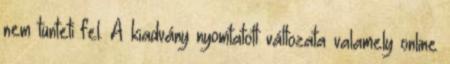
nem tünteti fel. A kiadvány nyomtatott változata valamely online